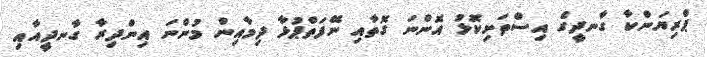
ޕްރިޔަންކާ ގާނދީގެ އިސްތަށިކޮޅު އޮންނަ ގޮތާއި ނޭފަތްޕުޅާ ދިމާއިން މުންނަ އިންދިރާ ގާނދީއާއި